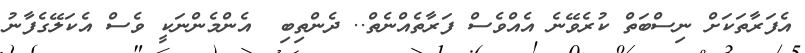
އެފަރާތަކަށް ނިސްބަތް ކުރެވޭނެ އެއްވެސް ފަރާތެއްނެތް.. ދެންތިބި  އެންމެންނަކީ ވެސް އެކަލޭގެފާނު